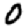
Digit: 0